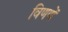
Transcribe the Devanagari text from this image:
विणणें